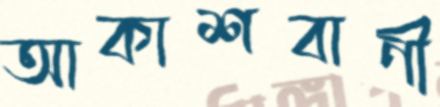
আকাশবাণী